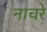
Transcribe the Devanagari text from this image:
नाचरे